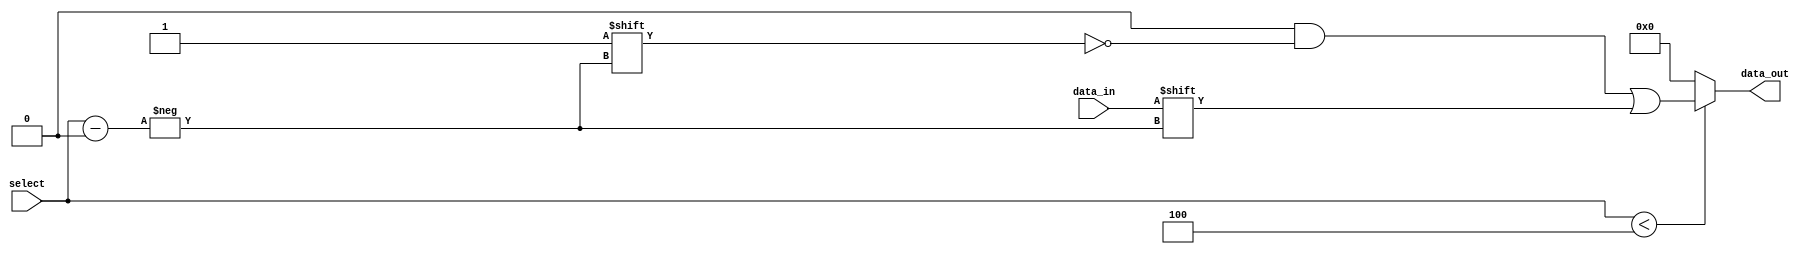
module parameterized_demux #(
    parameter N = 4 // Default number of output lines
) (
    input wire data_in,               // Single input data line
    input wire [clog2(N)-1:0] select, // Control input to select output line
    output reg [N-1:0] data_out       // Output lines array
);

// Function to calculate log2
function integer clog2;
    input integer value;
    begin
        value = value - 1;
        for (clog2 = 0; value > 0; clog2 = clog2 + 1)
            value = value >> 1;
    end
endfunction

// Combinational logic to route data_in to the selected output
always @(*) begin
    // Initialize all outputs to zero
    data_out = {N{1'b0}};
    
    // Check if select is valid
    if (select < N) begin
        data_out[select] = data_in; // Route data_in to the selected output
    end
    // If select is out of range, all outputs remain zero
end

endmodule